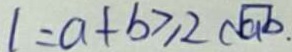
1 = a + b \geq 2 \sqrt { a b }